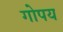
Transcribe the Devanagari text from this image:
गोपय